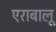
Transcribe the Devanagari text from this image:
एराबालू